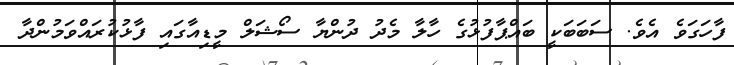
ފާހަގަވެ އެވެ. ސަބަބަކީ ބައްޕާފުޅުގެ ހާލާ މެދު ދުންޔާ ސޯޝަލް މީޑިއާގައި ފާޅުކުރައްވަމުންދާ